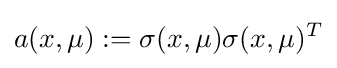
a(x,\mu ):=\sigma (x,\mu )\sigma (x,\mu )^{T}